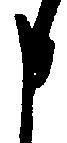
申